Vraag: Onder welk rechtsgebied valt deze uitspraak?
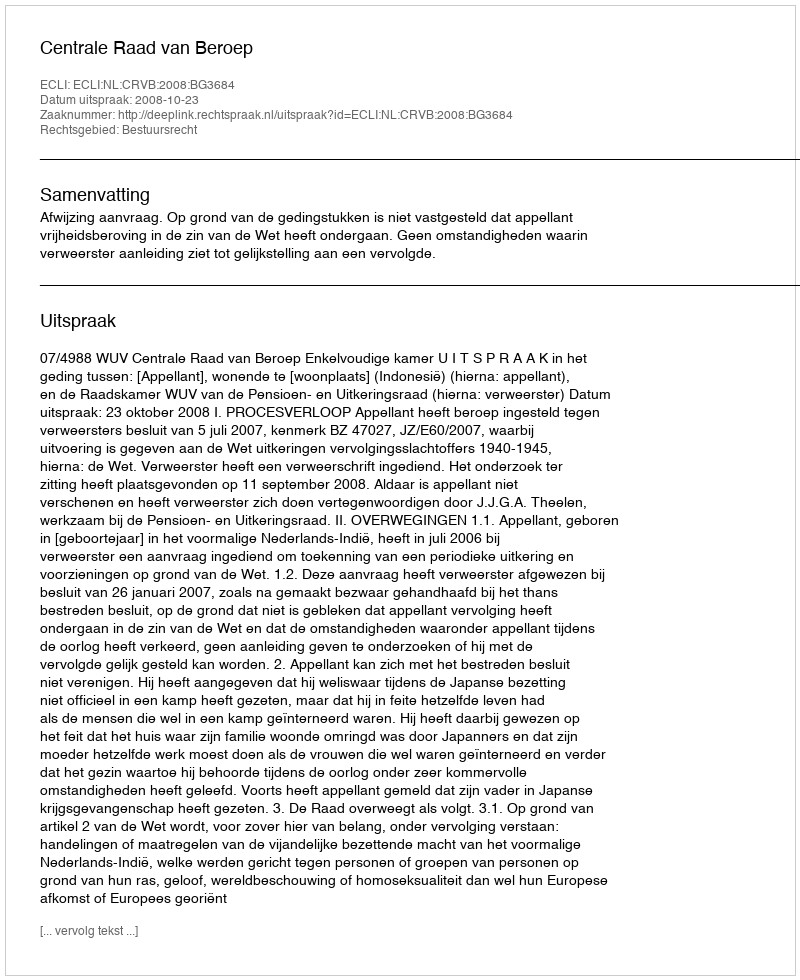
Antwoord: Bestuursrecht